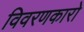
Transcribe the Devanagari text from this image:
विवरणकारो